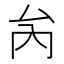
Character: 𠫣